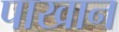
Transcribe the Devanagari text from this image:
पाखान